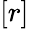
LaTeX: \left[r\right]